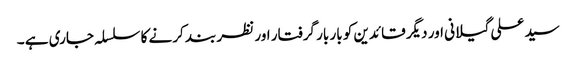
سید علی گیلانی اور دیگر قائدین کو بار بار گرفتار اور نظر بند کرنے کا سلسلہ جاری ہے ۔